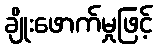
ချိုးဖောက်မှုဖြင့်